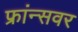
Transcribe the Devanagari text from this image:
फ्रांन्सवर